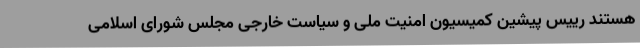
هستند رییس پیشین کمیسیون امنیت ملی و سیاست خارجی مجلس شورای اسلامی